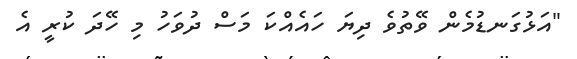
"އަޅުގަނޑުމެން ވޭތުވެ ދިޔަ ހައެއްކަ މަސް ދުވަހު މި ހޭދަ ކުރީ އެ